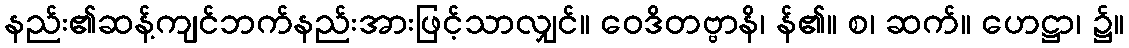
နည်း၏ဆန့်ကျင်ဘက်နည်းအားဖြင့်သာလျှင်။ ဝေဒိတဗ္ဗာနိ၊ န်၏။ စ၊ ဆက်။ ဟေဋ္ဌာ၊ ၌။